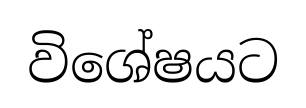
විශේෂයට